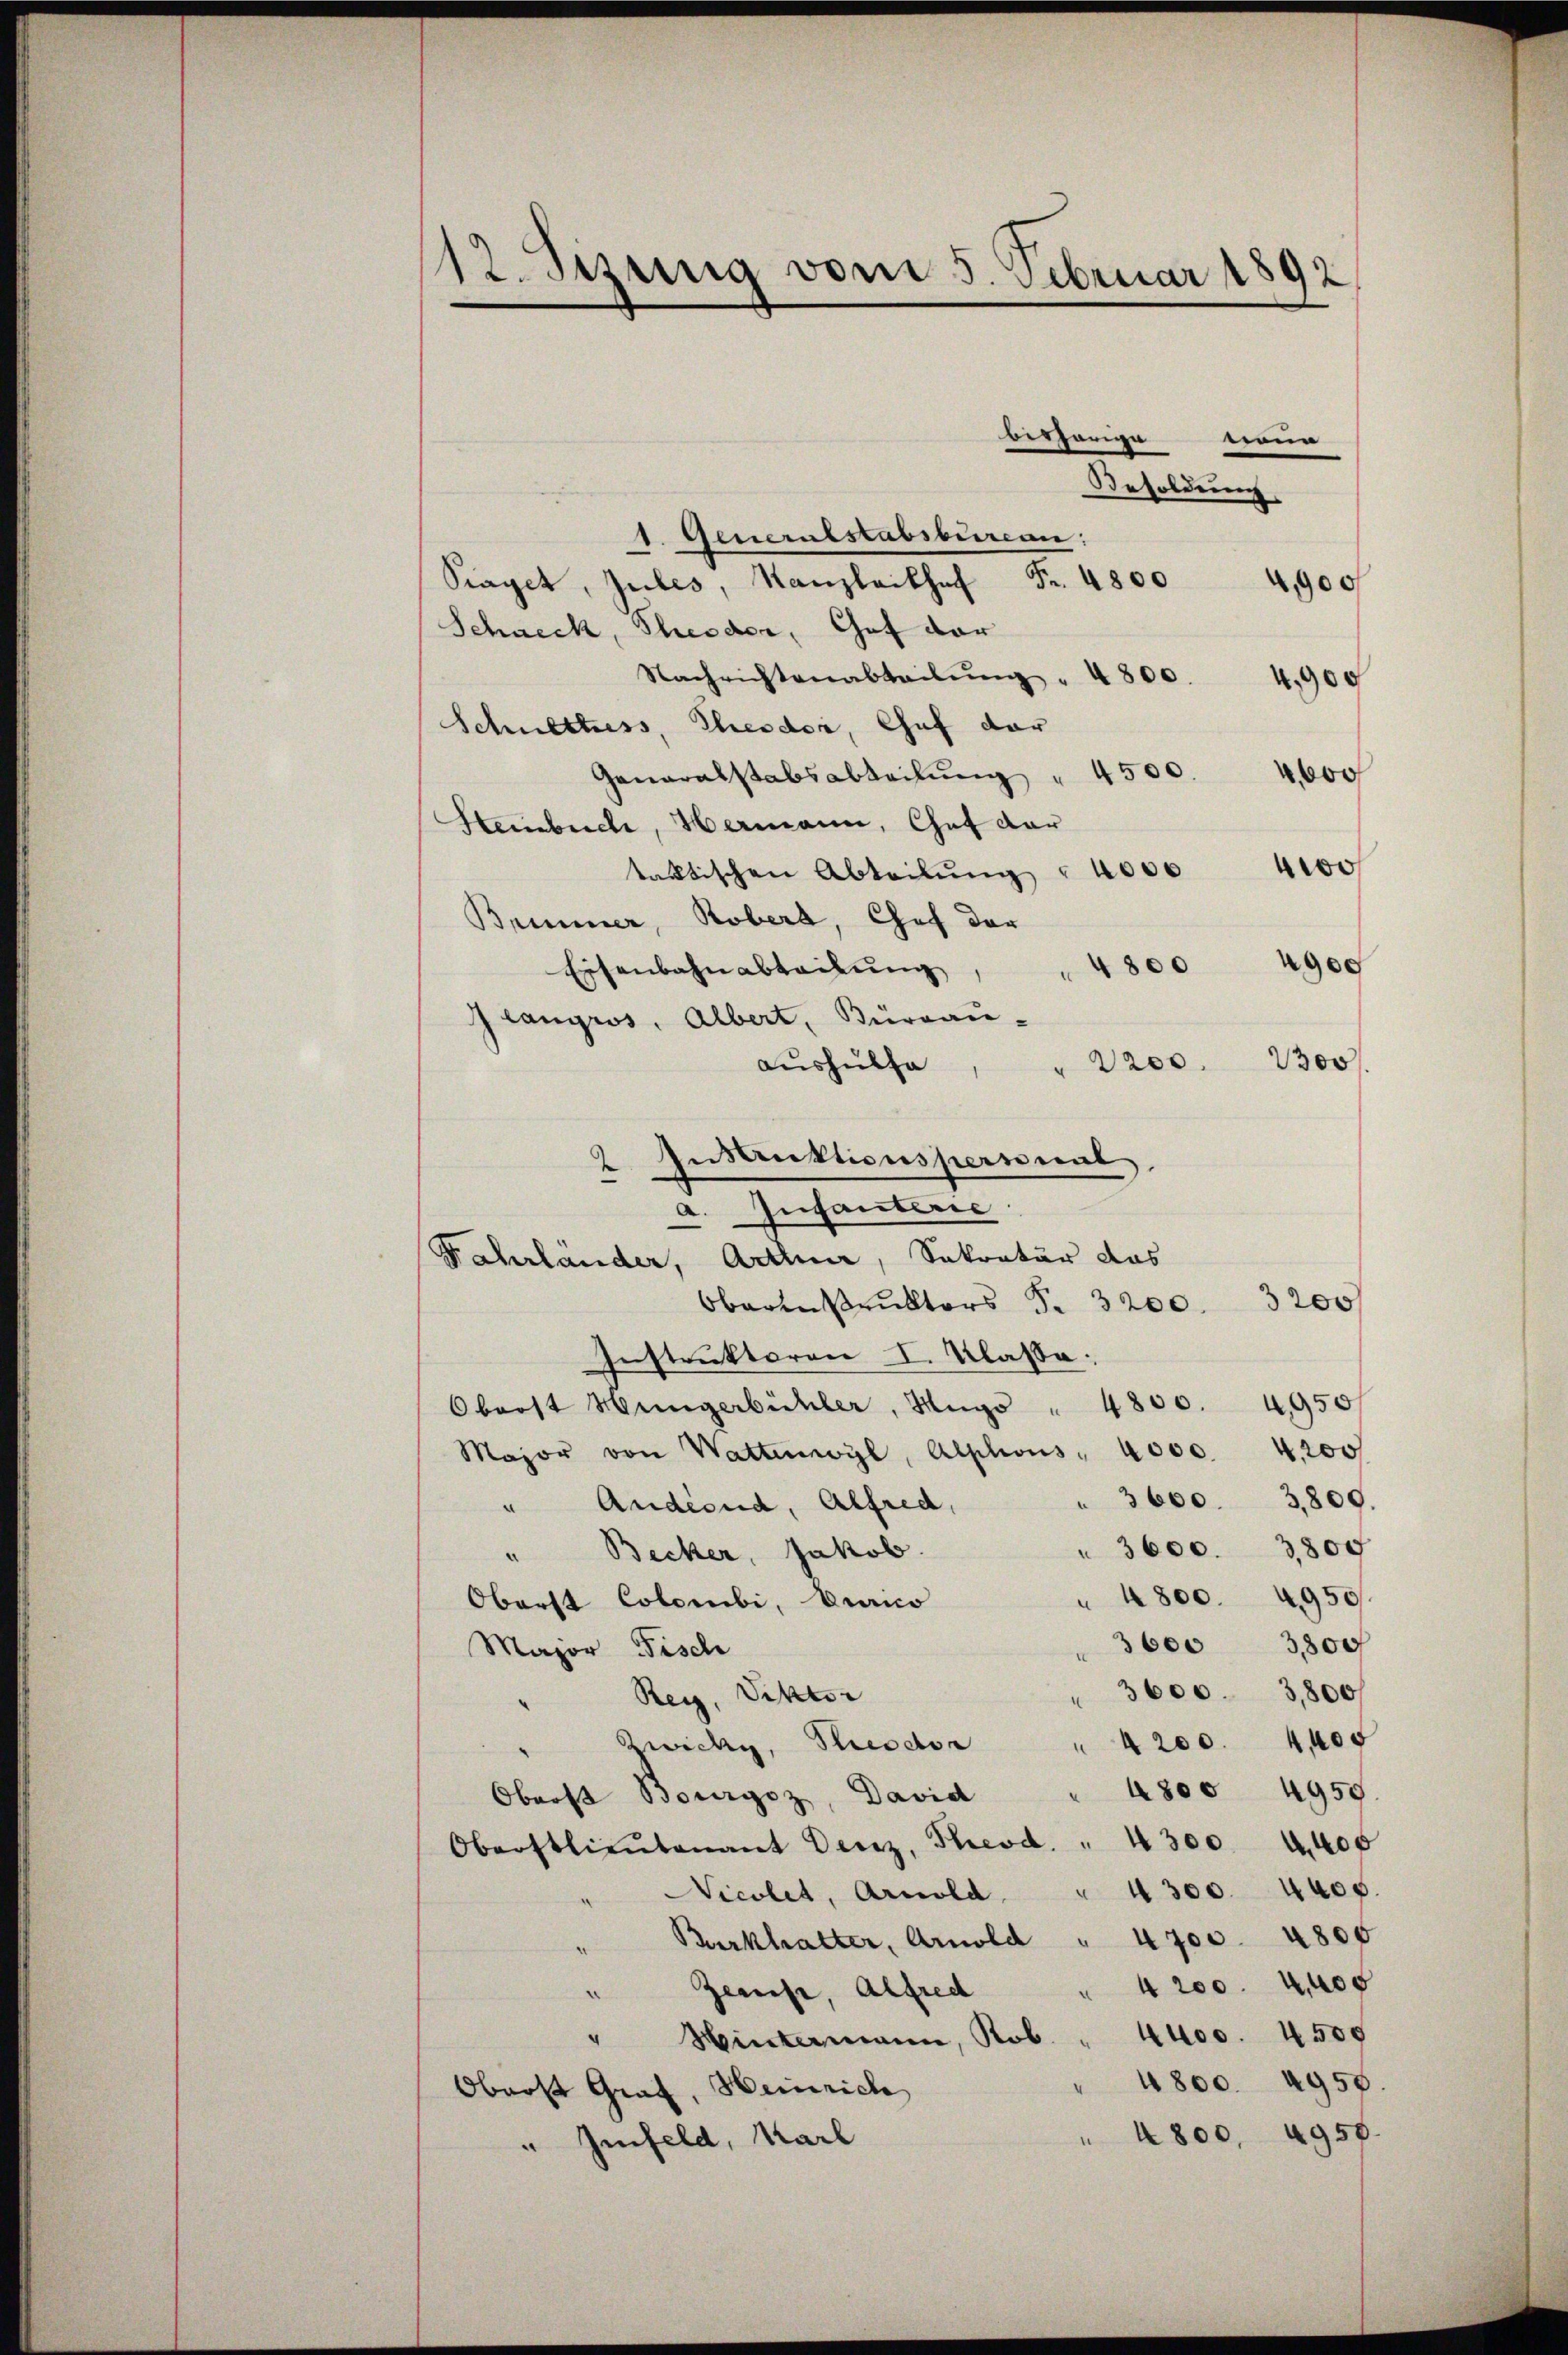
12. Sezung vom 5. Februar 1892

berhörige
e
Besoldung
1. Generalstabsburcan:
Piaget, Jules, Kanzleikhof Fr. 4800 4900
Schneck, Theodor, Gut dar
Nachrichtenabteilŭng " 4800. 4900
Schnettess, Theodor, Chef dar
Generalstabsabteilŭng " 4500. 4,600
Steinbuch, Hermann, Chef dar
taktischen Abteilŭng " 4000 4100
Brinner, Rober, Chef der
4800 geg
Eisenbahnabteilung
Gcanyros, Albert, Bureau-
aushülfe,
" 2200. 2300
2 Instruktionspersonal
a. Infanterie
Fahrlander, Arthner, Sokratur das
Obernstruktors P. 3200. 3200
Instruktoren I. Klasse:
Oberst Müngerbüchler, Hugo " 4800. 4950
Major von Wattenwyl, Alphons - 4000. 4200
" 3600. 3800.
" Andernd, Alfred,
" 3600. 3800
Becker, Jakob.
a
" 4800. 4950/
Oberst Colombi, Branco
3600 3,800
Major Fisch
 3600. 3800/
Rey, Viktor
 4200. 4400
Zwicky, Rector
Obrost Bourgoz, David " 4800 4959
Oberstlieutenant Denz, Theod. " 4300 l. 400
Nicolet, Arnold " 4300. 4400.
Burkhalter, Arnold " 4700. 4800
4200. 4400
Zemise, Alfred
"
Hintermann, Rob. " 4400. 4509
4800. 4958.
Oberst Graf, Heinrich
4800. 4957.
"Imfeld, Karl